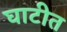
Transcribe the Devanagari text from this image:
घाटीत